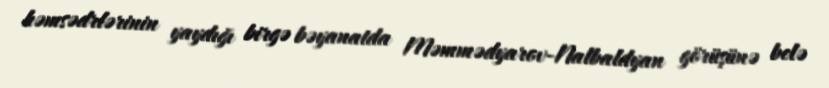
həmsədrlərinin yaydığı birgə bəyanatda Məmmədyarov-Nalbaldyan görüşünə belə